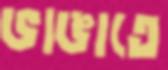
ভাঙাতে